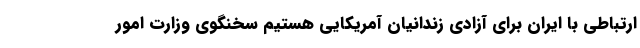
ارتباطی با ایران برای آزادی زندانیان آمریکایی هستیم سخنگوی وزارت امور